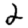
Digit: 2